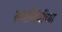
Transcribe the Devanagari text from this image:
समलिंगींच्या